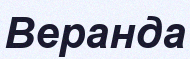
Веранда